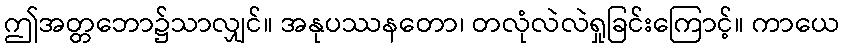
ဤအတ္တဘော၌သာလျှင်။ အနုပဿနတော၊ တလုံလဲလဲရှုခြင်းကြောင့်။ ကာယေ